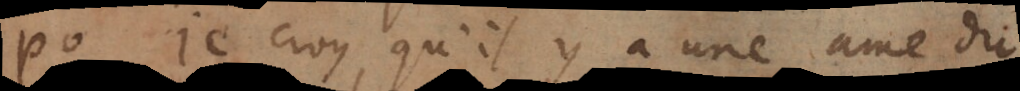
P. Je croy, qu’il y a une ame du